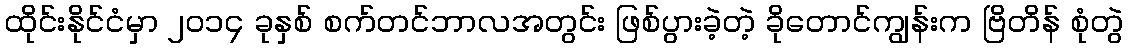
ထိုင်းနိုင်ငံမှာ ၂၀၁၄ ခုနှစ် စက်တင်ဘာလအတွင်း ဖြစ်ပွားခဲ့တဲ့ ခိုတောင်ကျွန်းက ဗြိတိန် စုံတွဲ